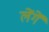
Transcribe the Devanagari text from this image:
लेंगें